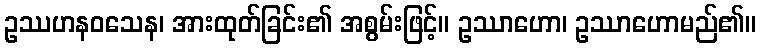
ဥဿဟနဝသေန၊ အားထုတ်ခြင်း၏ အစွမ်းဖြင့်။ ဥဿာဟော၊ ဥဿာဟောမည်၏။